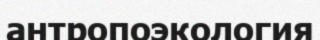
антропоэкология